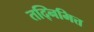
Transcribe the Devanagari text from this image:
तद्निमित्त